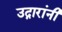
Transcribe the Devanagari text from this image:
उद्गारांनी